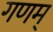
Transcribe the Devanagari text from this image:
गणम्